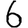
Digit: 6